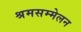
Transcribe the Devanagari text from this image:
श्रमसम्मेलन